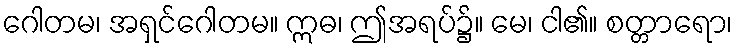
ဂေါတမ၊ အရှင်ဂေါတမ။ ဣဓ၊ ဤအရပ်၌။ မေ၊ ငါ၏။ စတ္တာရော၊